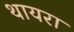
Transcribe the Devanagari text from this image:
थायरा